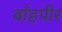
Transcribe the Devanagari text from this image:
बाँहपीर